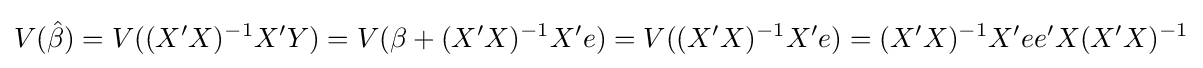
V({\hat {\beta }})=V((X'X)^{-1}X'Y)=V(\beta +(X'X)^{-1}X'e)=V((X'X)^{-1}X'e)=(X'X)^{-1}X'ee'X(X'X)^{-1}